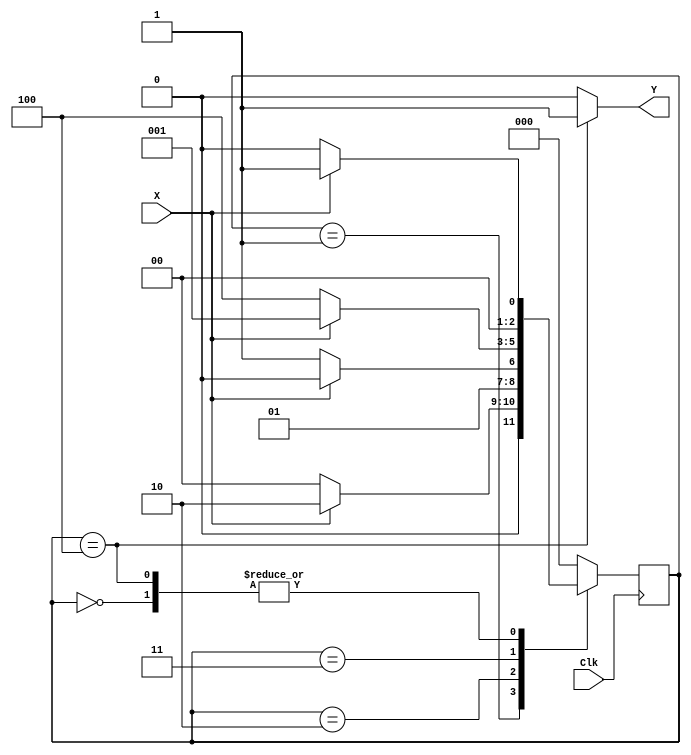
// Sankatmochan Bot : Task 1 C : FSM
/*
Instructions
-------------------
Students are not allowed to make any changes in the Module declaration.
This file is used to design a Finite State Machine to detect patter/sequence 1100

Recommended Quartus Version : 19.1
The submitted project file must be 19.1 compatible as the evaluation will be done on Quartus Prime Lite 19.1.

Warning: The error due to compatibility will not be entertained.
			Do not make any changes to Test_Bench_Vector.txt file. Violating will result into Disqualification.
-------------------
*/

//Finite State Machine design
//Inputs : Clock, X (Input Stream)
//Output : Y (Y = 1 when 1100 pattern/sequence is detected)

//////////////////DO NOT MAKE ANY CHANGES IN MODULE///////////////////////////////
module sequence_detector_fsm(
		input Clk,		//Clock input
		input X,			//Input Bitstream 
		output Y			//Output: Y = 1 when 1100 pattern/sequence is detected.	
);

////////////////////////WRITE YOUR CODE FROM HERE////////////////////

reg[2:0] state=3'b000;

parameter[2:0] s0=3'b000,s1=3'b001,s2=3'b010,s3=3'b011,s4=3'b100;

assign Y= state==s4?1:0;
 

always @(posedge Clk)
begin

	case(state)
	s0:
		if(X) begin //if X=1 move to state one
			state=s1;
			end
		else begin
			state=s0;
			end
	s1:
		if(X) begin // present seq 1 looking for 1
			state=s2;
			end
		else begin
			state=s0;
			end
	s2:
		if(X) begin //present seq is 11 looking for 0
			state=s2;
			end
		else begin
			state=s3;
			end
	s3:
		if(X) begin //present seq is 110 looking for 0
			state=s1;
			end
		else begin
			state=s4;
			end
	s4:
		if(X) begin //present seq is 110 looking for 0 or 1 to go to s0 or s1 res.
			state=s1;
			end
		else begin
			state=s0;
			end
	default:
		begin
			state=s0;
		end
	endcase
end





// Tip : Write your code such that Quartus Generates a State Machine 
//			(Tools > Netlist Viewers > State Machine Viewer).
// 		For doing so, you will have to properly declare State Variables of the
//       State Machine and also perform State Assignments correctly.  






	
///////////////////////YOUR CODE ENDS HERE////////////////////////////
endmodule
///////////////////////////////MODULE ENDS///////////////////////////